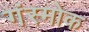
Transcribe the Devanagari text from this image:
गंस्मोक